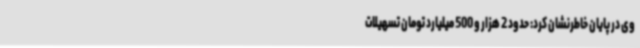
وی در پایان خاطرنشان کرد: حدود 2 هزار و 500 میلیارد تومان تسهیلات